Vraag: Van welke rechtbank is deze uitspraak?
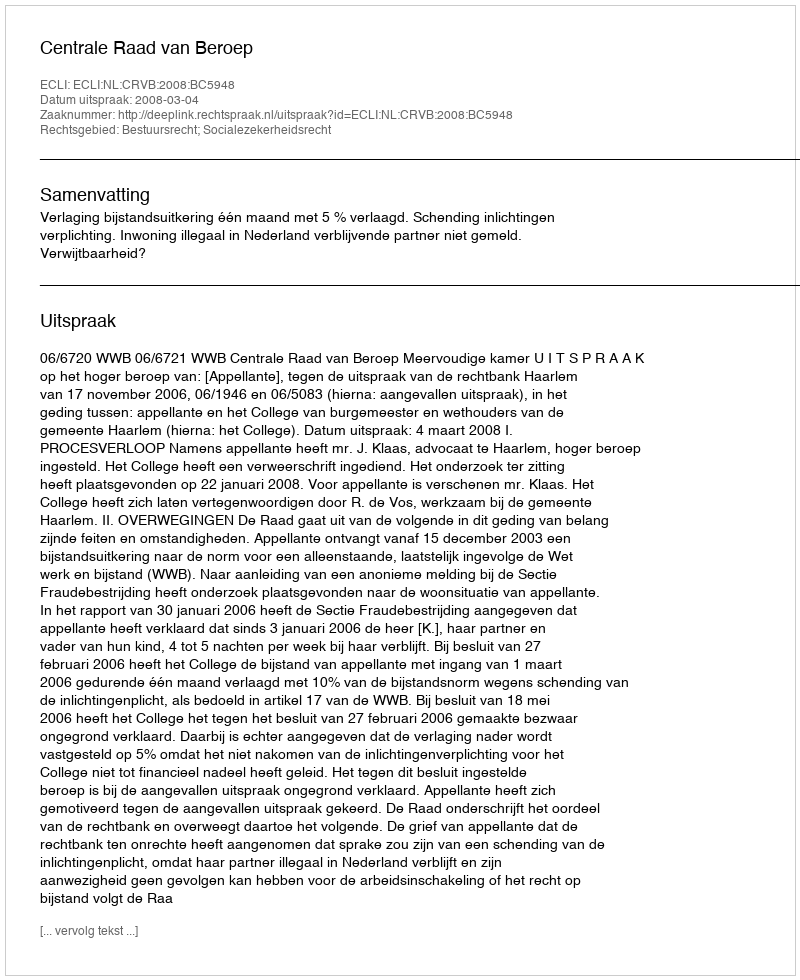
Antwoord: Centrale Raad van Beroep